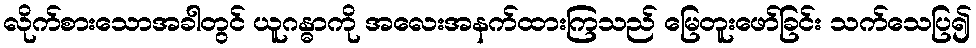
လိုက်စားသောအခါတွင် ယူဂန္ဓာကို အလေးအနက်ထားကြသည် မြေတူးဖော်ခြင်း သက်သေပြ၍